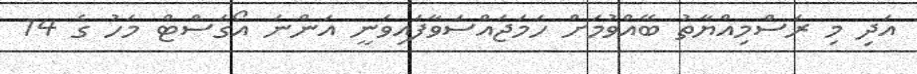
އަދި މި ރަސްމިއްޔާތު ބޭއްވުމަށް ހަމަޖައްސަވާފައިވަނީ އަންނަ އޯގަސްޓް މަހު ގެ 14